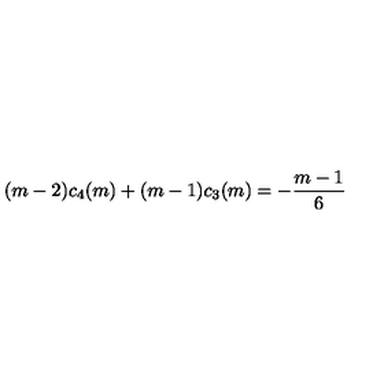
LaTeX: ( m - 2 ) c _ { 4 } ( m ) + ( m - 1 ) c _ { 3 } ( m ) = - { \frac { m - 1 } { 6 } }